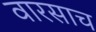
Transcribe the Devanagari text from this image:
वारसाच